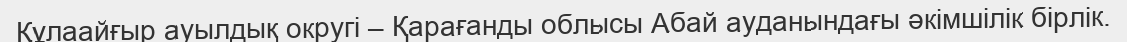
Құлаайғыр ауылдық округі – Қарағанды облысы Абай ауданындағы әкімшілік бірлік.